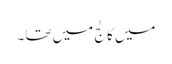
میں کالج میں تھا ۔